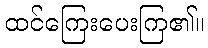
ထင်ကြေးပေးကြ၏။